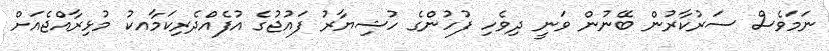
ނަމަވެސް ސަރުކާރުން ބޭނުން ވަނީ ދިވެހި ފުުހުންގެ ހުޝިޔާރު ފައުޖުގެ އުފެއްދެރިކަމާއކު މުޅިރާއްޖެއަށް